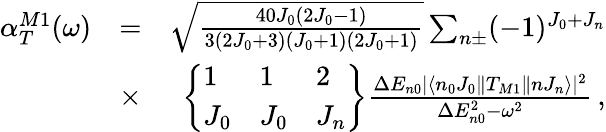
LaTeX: \begin{array}{rlr}{\alpha_{T}^{M1}(\omega)}&{=}&{\sqrt{\frac{40J_{0}(2J_{0}-1)}{3(2J_{0}+3)(J_{0}+1)(2J_{0}+1)}}\sum_{n\pm}(-1)^{J_{0}+J_{n}}}\\ &{\times}&{\left\{ \begin{array}{lll}{1}&{1}&{2}\\ {J_{0}}&{J_{0}}&{J_{n}}\end{array}\right\} \frac{\Delta E_{n0}|\langle n_{0}J_{0}\| T_{M1}\| nJ_{n}\rangle|^{2}}{\Delta E_{n0}^{2}-\omega^{2}}\, ,}\end{array}